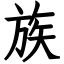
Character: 族